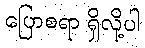
ပြောစရာ ရှိလို့ပါ